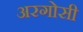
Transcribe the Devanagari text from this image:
अरगोसी